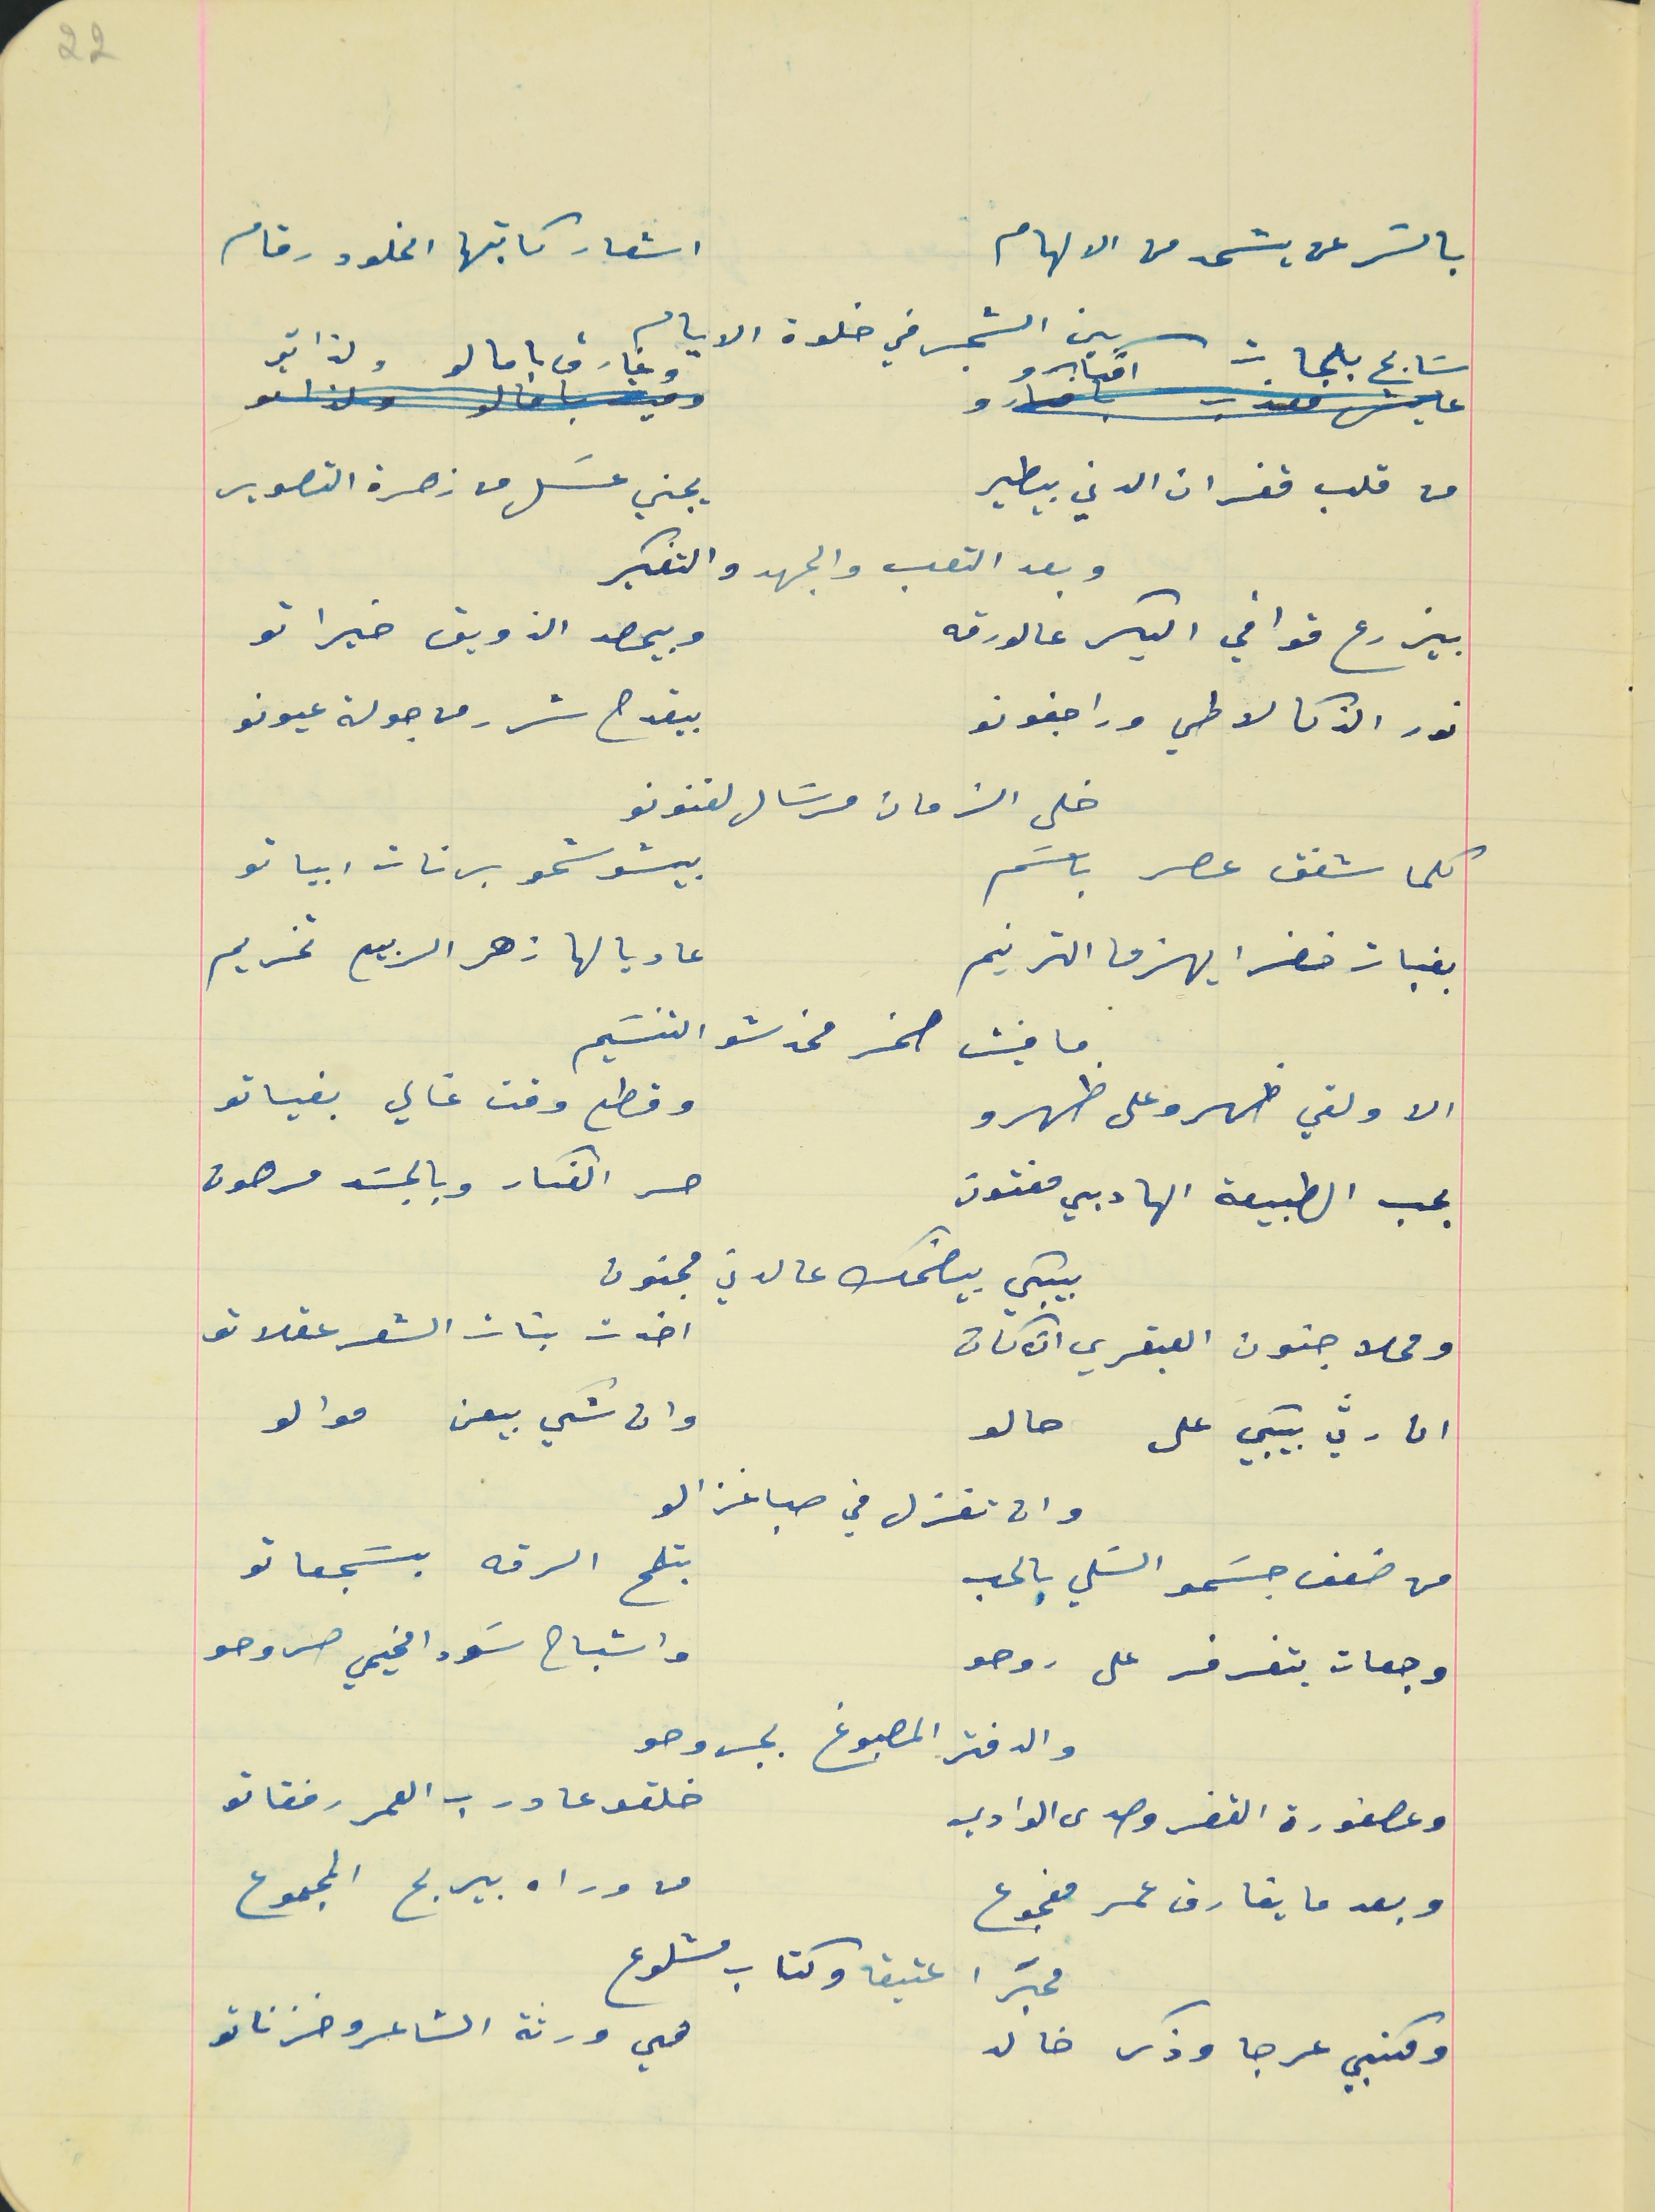
بالسّر عن يسَتمد من الالهام                                      اشعار كاتبها الخلود رقام
سَابح بلمحات افكارو                                                 وغارق بامالو ولذاتو
 من قلب قفران الدني بيطير                                       يجني عسَل من زهرة التصوير
بيزرع قوافي البكر عالورقه                                         وبيحصد الذويق خيراتو
نور الذكا لاطي ورا جفونو                                           بيقدح شرر من جولة عيونو
كلما شفق عصر باسَم                                                  بيشوشحو برنات ابياتو
بفيات خضرا يهزما الترنيم                                         عا ديالها زهر الربيع تخريم
الا ولقي ظهرو على ظهرو                                       وقطع وقت غالي بفياتو
بحب الطبيعة الهاديي مفتون                                     حر الفكار وبالجسَد مرهون
بيبكي بيضحك عالدني مجنون
ومحلا جنون العبقري ان كان                                      اخدت بنات الشعر عقلاتو

ان رثي بيبكي على  حالو                                           وان شكي بيعن موالو
من ضعف جسَمو السَلي بالحب                                 بتلمح الرقه بسَجعاتو
وجعات بتفرفر على روحو                                          واشباح سَودا مخيمي صروحو
والدفتر المصبوغ بجروحو
وعصفورة القفر وصدى الوادي                                   خلقو عا درب العمر رفقاتو
وبعد ما يفارق عمر مفجوع                                       من وراه بيربح المجموع
ومكتبي عرجا وذكر خالد                                            هي ورثة الشاعر وخزناتو
22
وبعد التعب والجهد والتفكير
خلى الزمان مرسَال لفنونو
ما فيش صخر مخدشو التنسَيم
وان تغزل في صبا غزالو
محبَرا عتيقا وكتاب مشلوع
بين الشجر في خلوة الايام